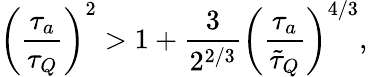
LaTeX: \left(\frac{\tau_{a}}{\tau_{Q}}\right)^{2}>1+\frac{3}{2^{2/3}}\left(\frac{\tau_{a}}{\tilde{\tau}_{Q}}\right)^{4/3},